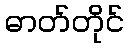
ဓာတ်တိုင်